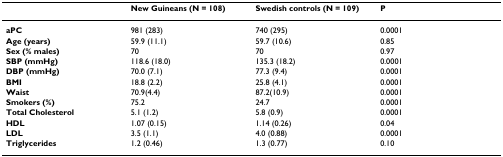
|  | New Guineans (N = 108) | Swedish controls (N = 109) | P |
 | --- | --- | --- | --- |
 | aPC | 981 (283) | 740 (295) | 0.0001 |
 | Age (years) | 59.9 (11.1) | 59.7 (10.6) | 0.85 |
 | Sex (% males) | 70 | 70 | 0.97 |
 | SBP (mmHg) | 118.6 (18.0) | 135.3 (18.2) | 0.0001 |
 | DBP (mmHg) | 70.0 (7.1) | 77.3 (9.4) | 0.0001 |
 | BMI | 18.8 (2.2) | 25.8 (4.1) | 0.0001 |
 | Waist | 70.9(4.4) | 87.2(10.9) | 0.0001 |
 | Smokers (%) | 75.2 | 24.7 | 0.0001 |
 | Total Cholesterol | 5.1 (1.2) | 5.8 (0.9) | 0.0001 |
 | HDL | 1.07 (0.15) | 1.14 (0.26) | 0.04 |
 | LDL | 3.5 (1.1) | 4.0 (0.88) | 0.0001 |
 | Triglycerides | 1.2 (0.46) | 1.3 (0.77) | 0.10 |